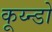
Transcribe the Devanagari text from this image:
कूय्न्डो